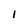
Character: I